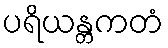
ပရိယန္တကတံ